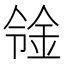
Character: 𨥷